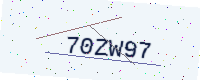
Text: 70ZW97